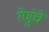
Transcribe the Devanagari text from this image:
रेणुंचे